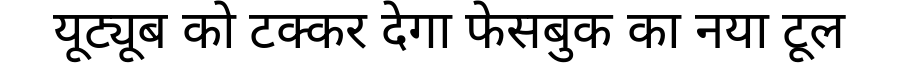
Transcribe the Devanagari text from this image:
यूट्यूब को टक्कर देगा फेसबुक का नया टूल